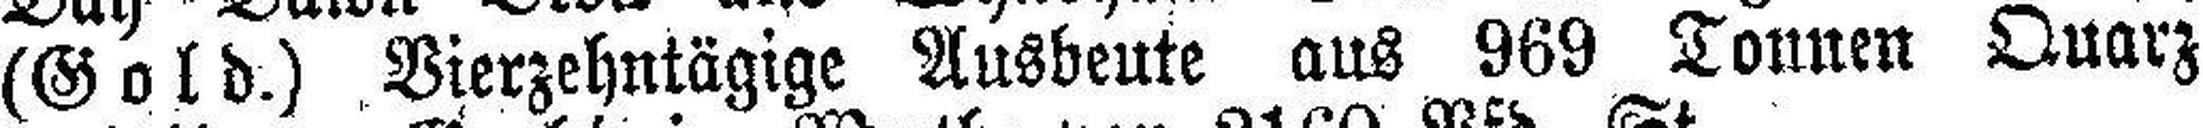
(Gold.) Vierzehntägige Ausbeute aus 969 Tonnen Quarz